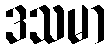
ဒသမာ